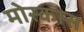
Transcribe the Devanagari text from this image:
मोस्कास